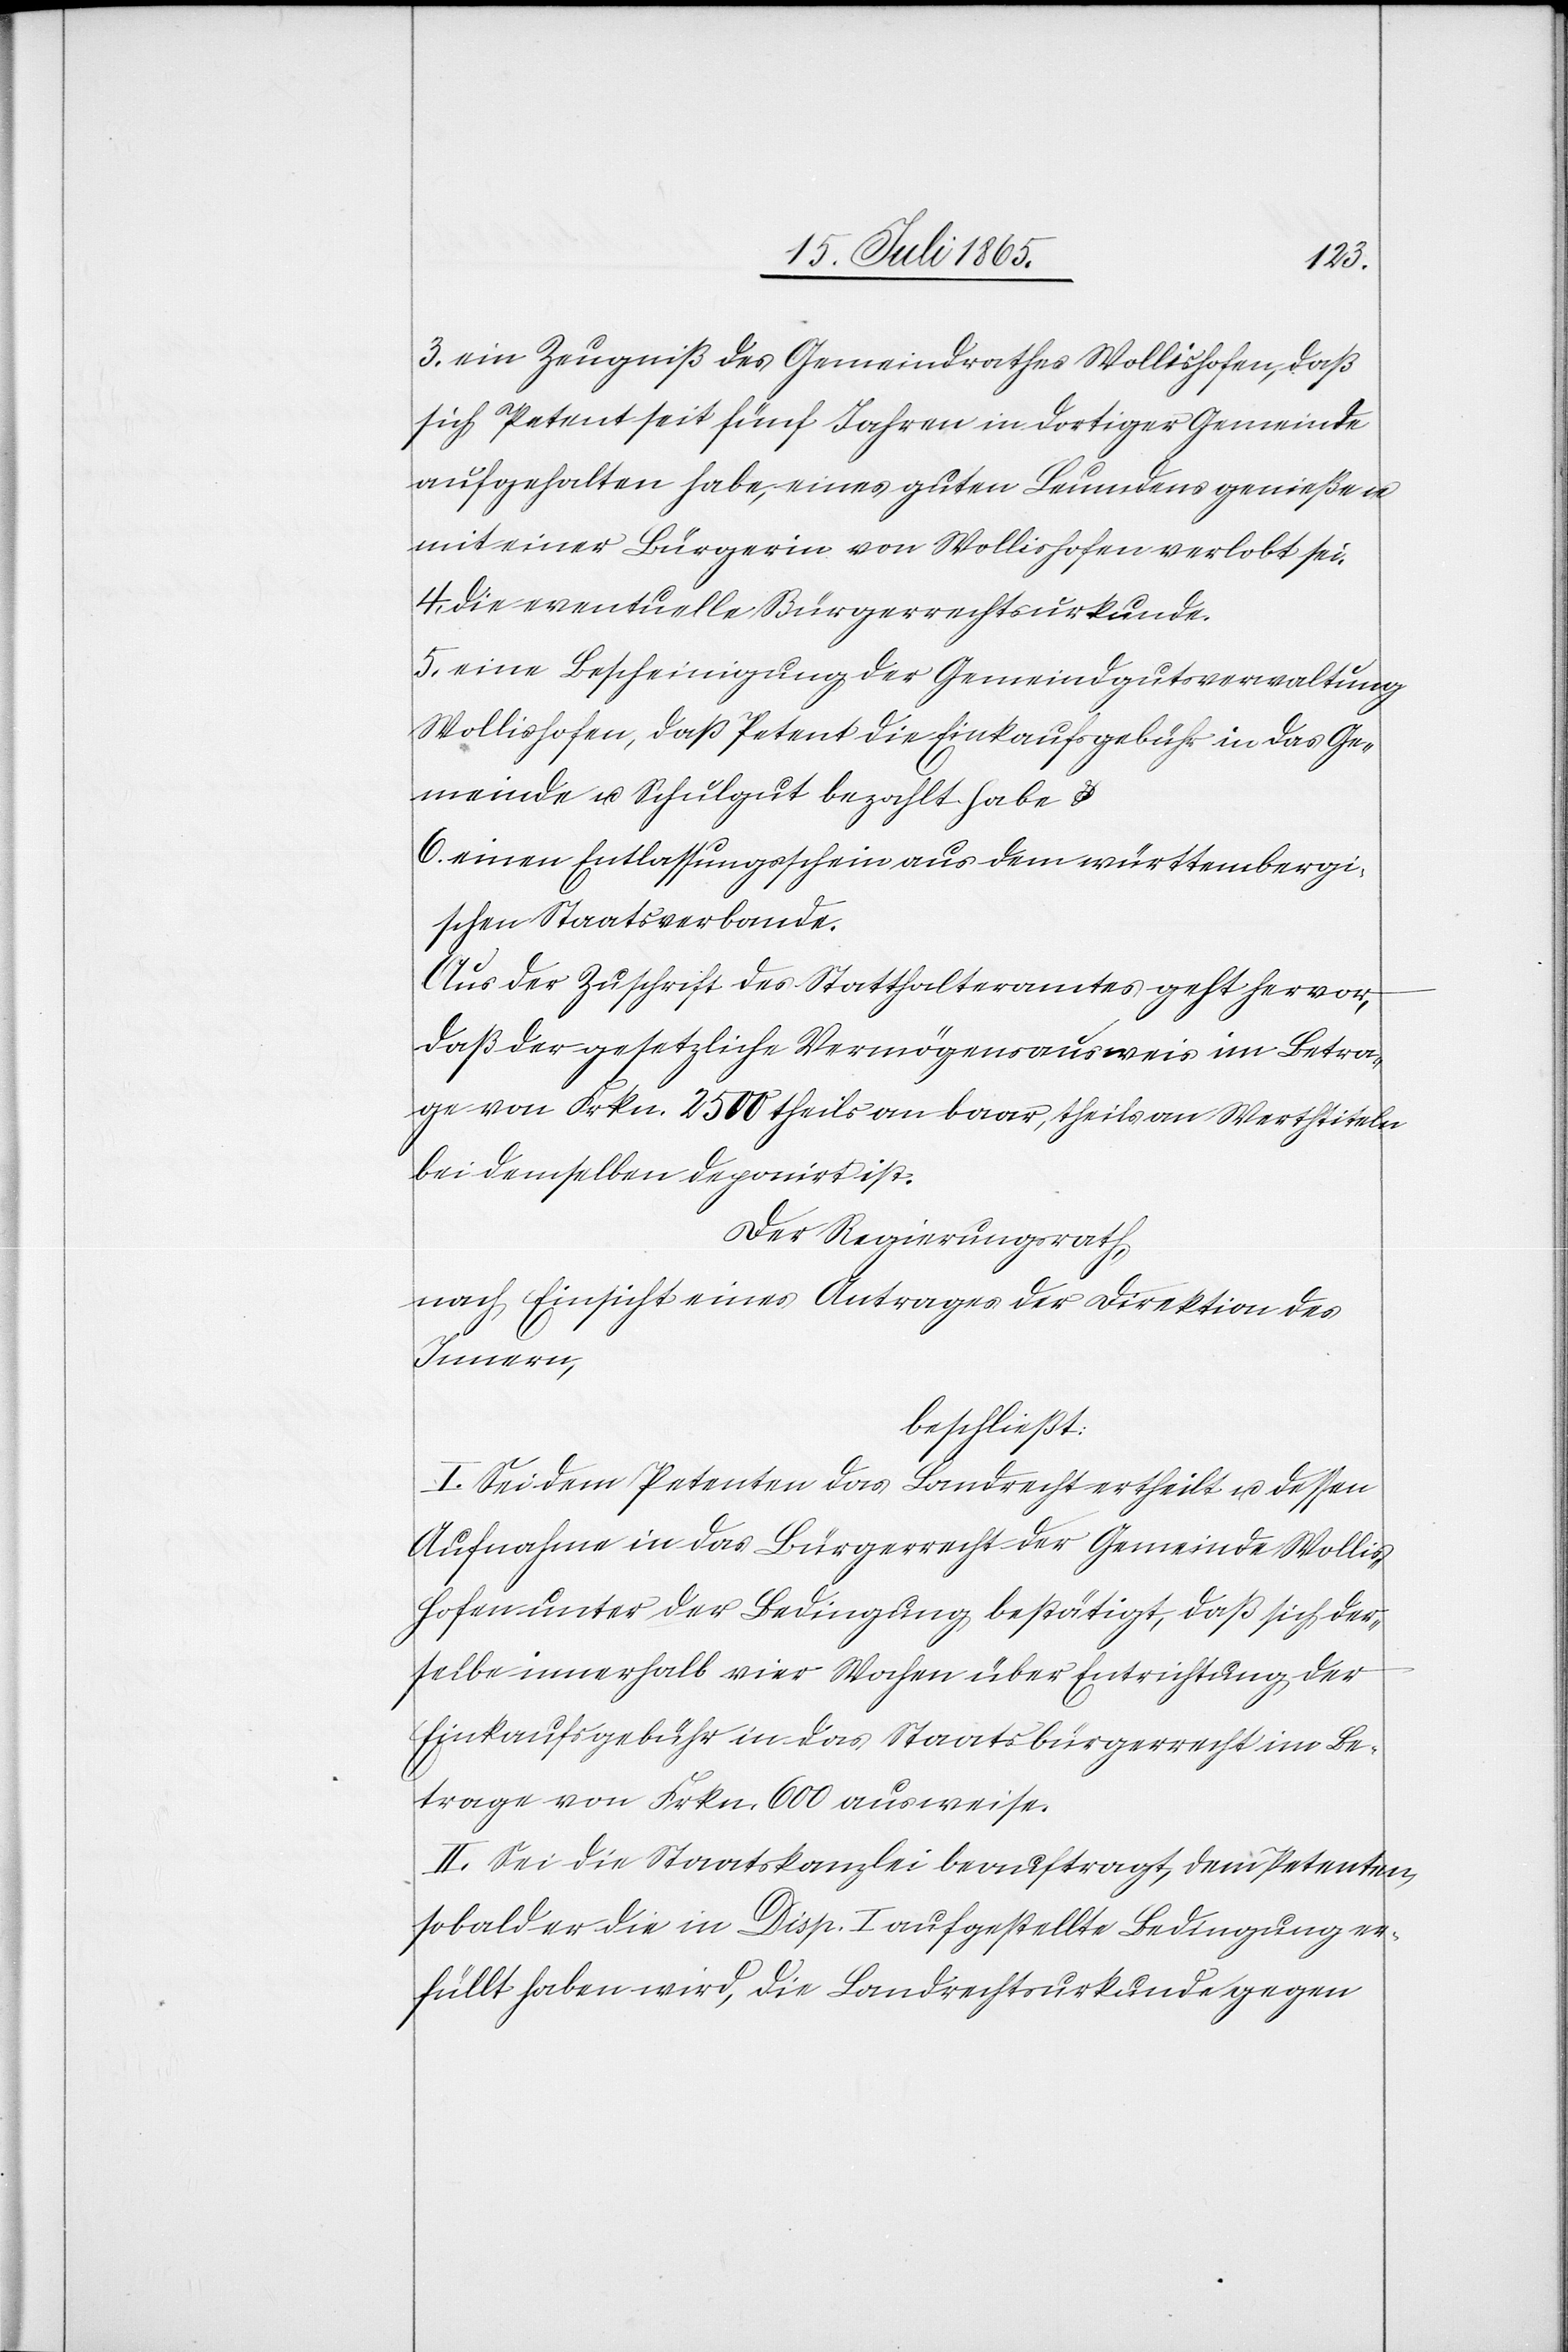
3. ein Zeugniß des Gemeindrathes Wollishofen, daß
sich Petent seit fünf Jahren in dortiger Gemeinde
aufgehalten habe, eines guten Leumdens genieße u.
mit einer Bürgerin von Wollishofen verlobt sei.
4. die eventuelle Bürgerrechtsurkunde.
5. eine Bescheinigung der Gemeindgutsverwaltung
Wollishofen, daß Petent die Einkaufsgebühr in das Ge¬
meinde u. Schulgut bezahlt habe u.
6. einen Entlassungsschein aus dem württembergi¬
schen Staatsverbande.
Aus der Zuschrift des Statthalteramtes geht hervor,
daß der gesetzliche Vermögensausweis im Betra¬
ge von Frkn. 2500 theils an baar, theils an Werthtiteln
bei demselben deponirt ist.
Der Regierungsrath,
nach Einsicht eines Antrages der Direktion des
Innern,
beschließt:
I. Sei dem Petenten das Landrecht ertheilt u. dessen
Aufnahme in das Bürgerrecht der Gemeinde Wollis¬
hofen unter der Bedingung bestätigt, daß sich der¬
selbe innerhalb vier Wochen über Entrichtung der
Einkaufsgebühr in das Staatsbürgerrecht im Be¬
trage von Frkn 600 ausweise.
II. Sei die Staatskanzlei beauftragt, dem Petenten,
sobald er die in Disp. I aufgestellte Bedingung er¬
füllt haben wird, die Landrechtsurkunde gegen